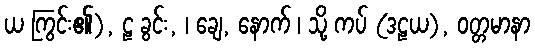
ယ ကြွင်း၏), ဠ ခွင်း, ၊ ချေ, နောက် ၊ သို့ ကပ် (ဒဠယ), ဝတ္တမာနာ